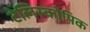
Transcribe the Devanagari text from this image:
टेलिस्कोपिक